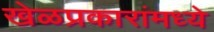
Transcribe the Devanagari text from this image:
खेळप्रकारांमध्ये